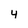
Character: 4